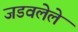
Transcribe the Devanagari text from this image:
जडवलेले